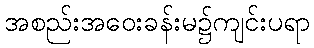
အစည်းအဝေးခန်းမ၌ကျင်းပရာ